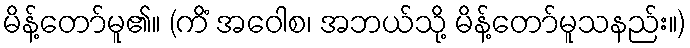
မိန့်တော်မူ၏။ (ကိံ အဝေါစ၊ အဘယ်သို့ မိန့်တော်မူသနည်း။)